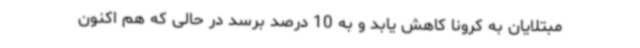
مبتلایان به کرونا کاهش یابد و به 10 درصد برسد در حالی که هم اکنون